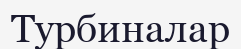
Турбиналар